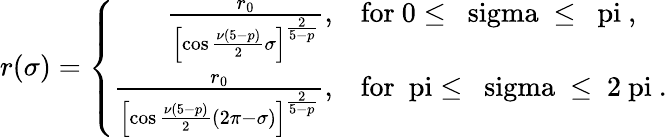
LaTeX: r(\sigma)=\left\{ \begin{array}{rl}{{\frac{r_{0}}{\left[\cos\frac{\nu(5-p)}{2}\sigma\right]^{\frac{2}{5-p}}},}}&{{\mathrm{for~0\le~\ sigma~\le~\ pi~,}}}\\ {{\frac{r_{0}}{\left[\cos\frac{\nu(5-p)}{2}(2\pi-\sigma)\right]^{\frac{2}{5-p}}},}}&{{\mathrm{for~\ pi\le~\ sigma~\le~2\ pi~.}}}\end{array}\right.